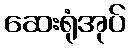
ဆေးရုံအုပ်